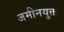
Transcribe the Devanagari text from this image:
जमीनयुक्त